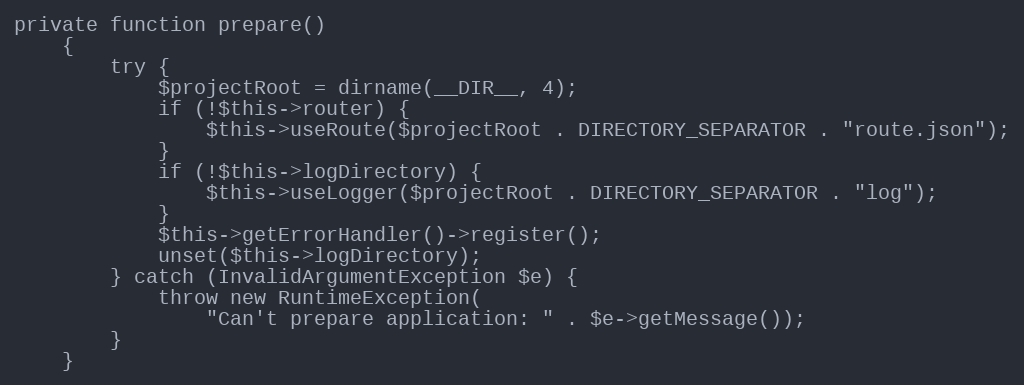
Language: PHP
private function prepare()
    {
        try {
            $projectRoot = dirname(__DIR__, 4);
            if (!$this->router) {
                $this->useRoute($projectRoot . DIRECTORY_SEPARATOR . "route.json");
            }
            if (!$this->logDirectory) {
                $this->useLogger($projectRoot . DIRECTORY_SEPARATOR . "log");
            }
            $this->getErrorHandler()->register();
            unset($this->logDirectory);
        } catch (InvalidArgumentException $e) {
            throw new RuntimeException(
                "Can't prepare application: " . $e->getMessage());
        }
    }